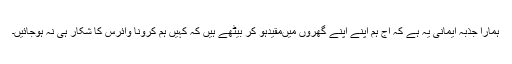
ہمارا جذبہ ایمانی یہ ہے کہ آج ہم اپنے اپنے گھروں میںمقیدہو کر بیٹھے ہیں کہ کہیں ہم کرونا وائرس کا شکار ہی نہ ہوجائیں۔